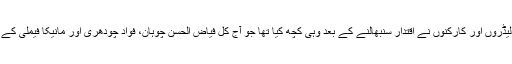
پیپلزپارٹی کے وزرا، لیڈروں اور کارکنوں نے اقتدار سنبھالنے کے بعد وہی کچھ کیا تھا جو آج کل فیاض الحسن چوہان، فواد چودھری اور مانیکا فیملی کے پشت پناہ کررہے ہیں۔